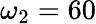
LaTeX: \omega_{2}=60